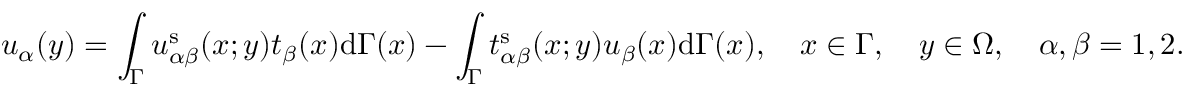
u _ { \alpha } ( \boldsymbol { y } ) = \int _ { \Gamma } u _ { \alpha \beta } ^ { \mathrm { s } } ( \boldsymbol { x } ; \boldsymbol { y } ) t _ { \beta } ( \boldsymbol { x } ) \mathrm { d } \Gamma ( \boldsymbol { x } ) - \int _ { \Gamma } t _ { \alpha \beta } ^ { \mathrm { s } } ( \boldsymbol { x } ; \boldsymbol { y } ) u _ { \beta } ( \boldsymbol { x } ) \mathrm { d } \Gamma ( \boldsymbol { x } ) , \quad \boldsymbol { x } \in \Gamma , \quad \boldsymbol { y } \in \Omega , \quad \alpha , \beta = 1 , 2 .